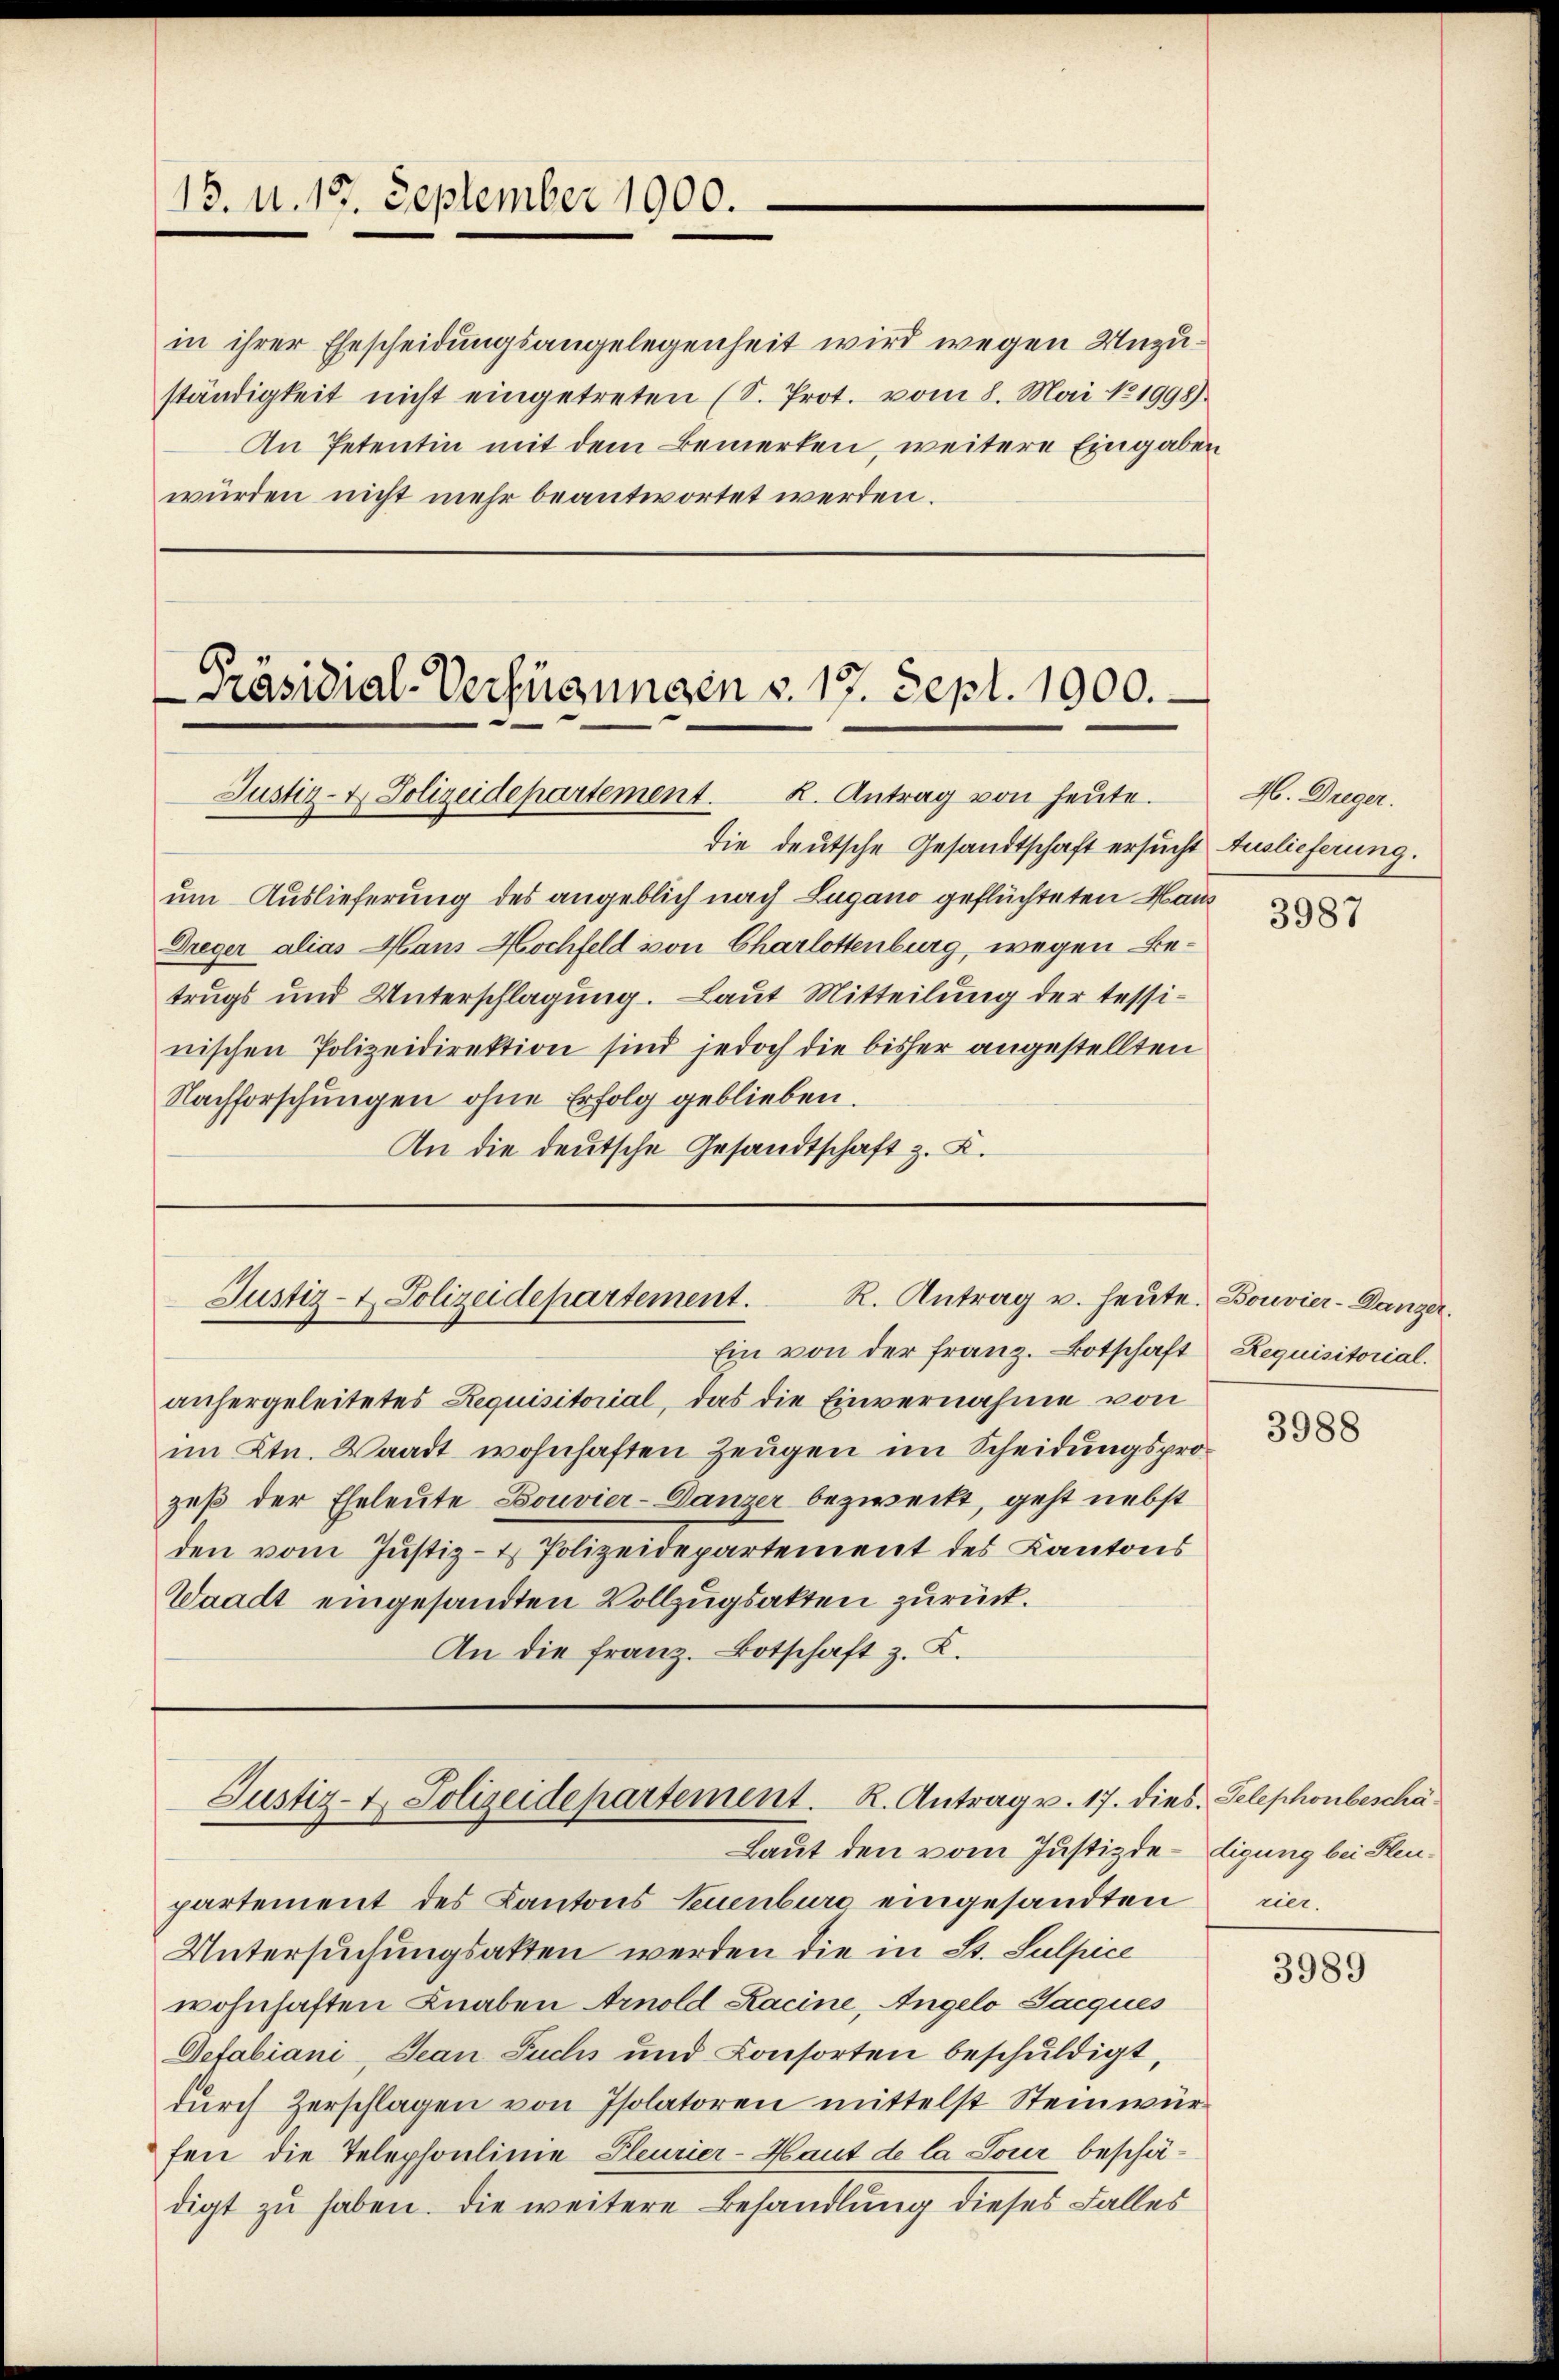
13. d. 19. September 1900.

in ihrer Ehescheidungsangelegenheit wird wegen Unzuständigkeit nicht eingetreten (S. Prot. vom 8. Mai 1998).
An Petentin mit dem Bemerken, weitere Eingaben
würden nicht mehr beantwortet werden.

Präsidial-Verfügungen v. 17. Sept. 1900.
Justiz- & Polizeidepartement. 2. Antrag von heŭte.

R. Antrag u. heute. Bouvier-Danzer.
Justiz- & Polizeidepartement.

die deutsche Gesandtschaft ersucht Auslieferung.
um Auslieferung des angeblich nach Lugano geflüchteten Haus
Dreger alias Hans Hochfeld von Charlottenburg, wegen Betrugs und Unterschlagung. Laut Mitteilung der tessinischen Polizeidirektion sind jedoch die bisher angestellten
Nachforschungen ohne Erfolg geblieben.
An die deutsche Gesandtschaft z. B.

Ein von der Franz. Botschaft Requisitorial.
anhergeleitetes Requisitorial, das die Einvernahme von
im Ktn. Waadt wohnhaften Zeugen im Scheidungsprozeß der Eheleute Bouvier-Danzer bezweckt, geht nebst
den vom Justiz- & Polizeidepartement des Kantons
Waadt eingesandten Vollzugsakten zurück.
An die franz. Botschaft z. Z.

Justiz- & Polizeidepartement. R. Antrag v. 17. dies. Telephonbeschä¬

partement des Kantons Neuenburg eingesandten rie¬
Untersuchungsakten werden die in St. Sulpice
wohnhaften Knaben Arnold Kacine, Angelo Jacques
Defabiani, Jean Fuchs und Consorten beschuldigt,
durch Zerschlagen von Isolatoren mittelst Steinwürfen die Telephonlinie Pleurier-Haut de la Pour beschädigt zu haben. Die weitere Behandlung dieses Falles

Laut den vom Justizde-Eigung bei Heu¬

H. Dreger.
3987

3988

3989